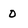
Character: 0